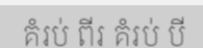
គំរប់ ពីរ គំរប់ បី